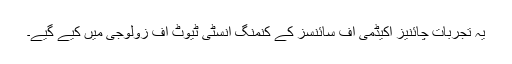
یہ تجربات چائنیز اکیڈمی آف سائنسز کے کنمنگ انسٹی ٹیوٹ آف زولوجی میں کیے گیے۔